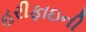
હરીફાઇની